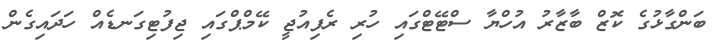
ބަންގާޅުގެ ކޮޒް ބާޒާރު އުހްޔާ ސްޓޭޓްގައި ހުރި ރެފިއުޖީ ކޭމްޕްގައި ޖިފުޓިގަނޑެއް ހަދައިގެން